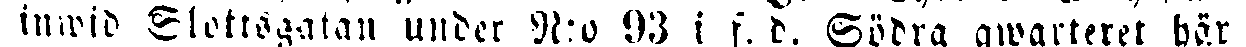
inwid Slottsgatan under N:o 93 i f. d. Södra qwarteret bör i